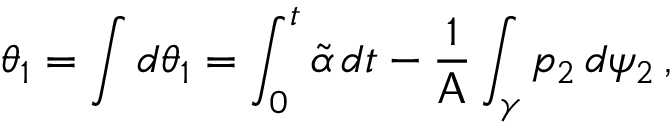
\theta _ { 1 } = \int d \theta _ { 1 } = \int _ { 0 } ^ { t } \widetilde { \alpha } \, d t - \frac { 1 } { \mathsf { A } } \int _ { \gamma } p _ { 2 } \, d \psi _ { 2 } \, ,